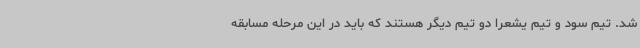
شد. تیم سود و تیم یشعرا دو تیم دیگر هستند که باید در این مرحله مسابقه